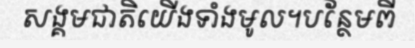
សង្គមជាតិយើងទាំងមូល។បន្ថែមពី